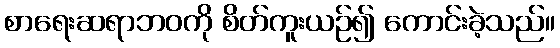
စာရေးဆရာဘဝကို စိတ်ကူးယဉ်၍ ကောင်းခဲ့သည်။